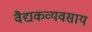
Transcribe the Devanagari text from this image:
वैद्यकव्यवसाय